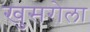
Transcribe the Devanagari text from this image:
खुसरोला